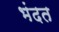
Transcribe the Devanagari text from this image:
भंदत